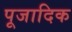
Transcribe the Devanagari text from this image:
पूजादिक